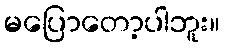
မပြောတော့ပါဘူး။